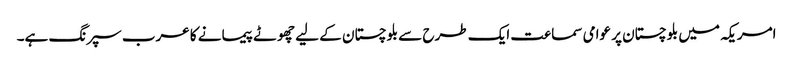
امریکہ میں بلوچستان پر عوامی سماعت ایک طرح سے بلوچستان کے لیے چھوٹے پیمانے کا عرب سپرنگ ہے۔